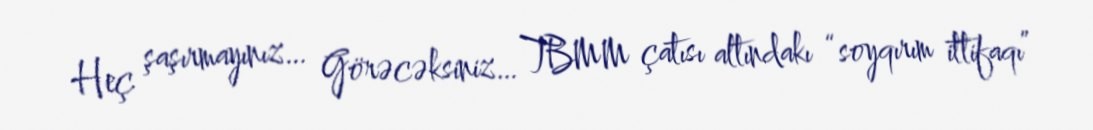
Heç şaşırmayınız… Görəcəksiniz… TBMM çatısı altındakı “soyqırım ittifaqı”